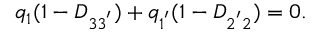
q _ { 1 } ( 1 - D _ { 3 3 ^ { ' } } ) + q _ { 1 ^ { ' } } ( 1 - D _ { 2 ^ { ' } 2 } ) = 0 .